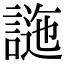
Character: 𧪁